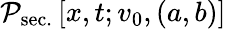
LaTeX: \mathcal{P}_{\mathrm{sec.}}\left[x,t;v_{0},(a,b)\right]